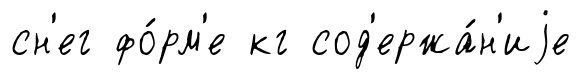
сн'ег фо́рм'е кг сод'ержа́н'иjе